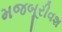
મજબૂરીવશ